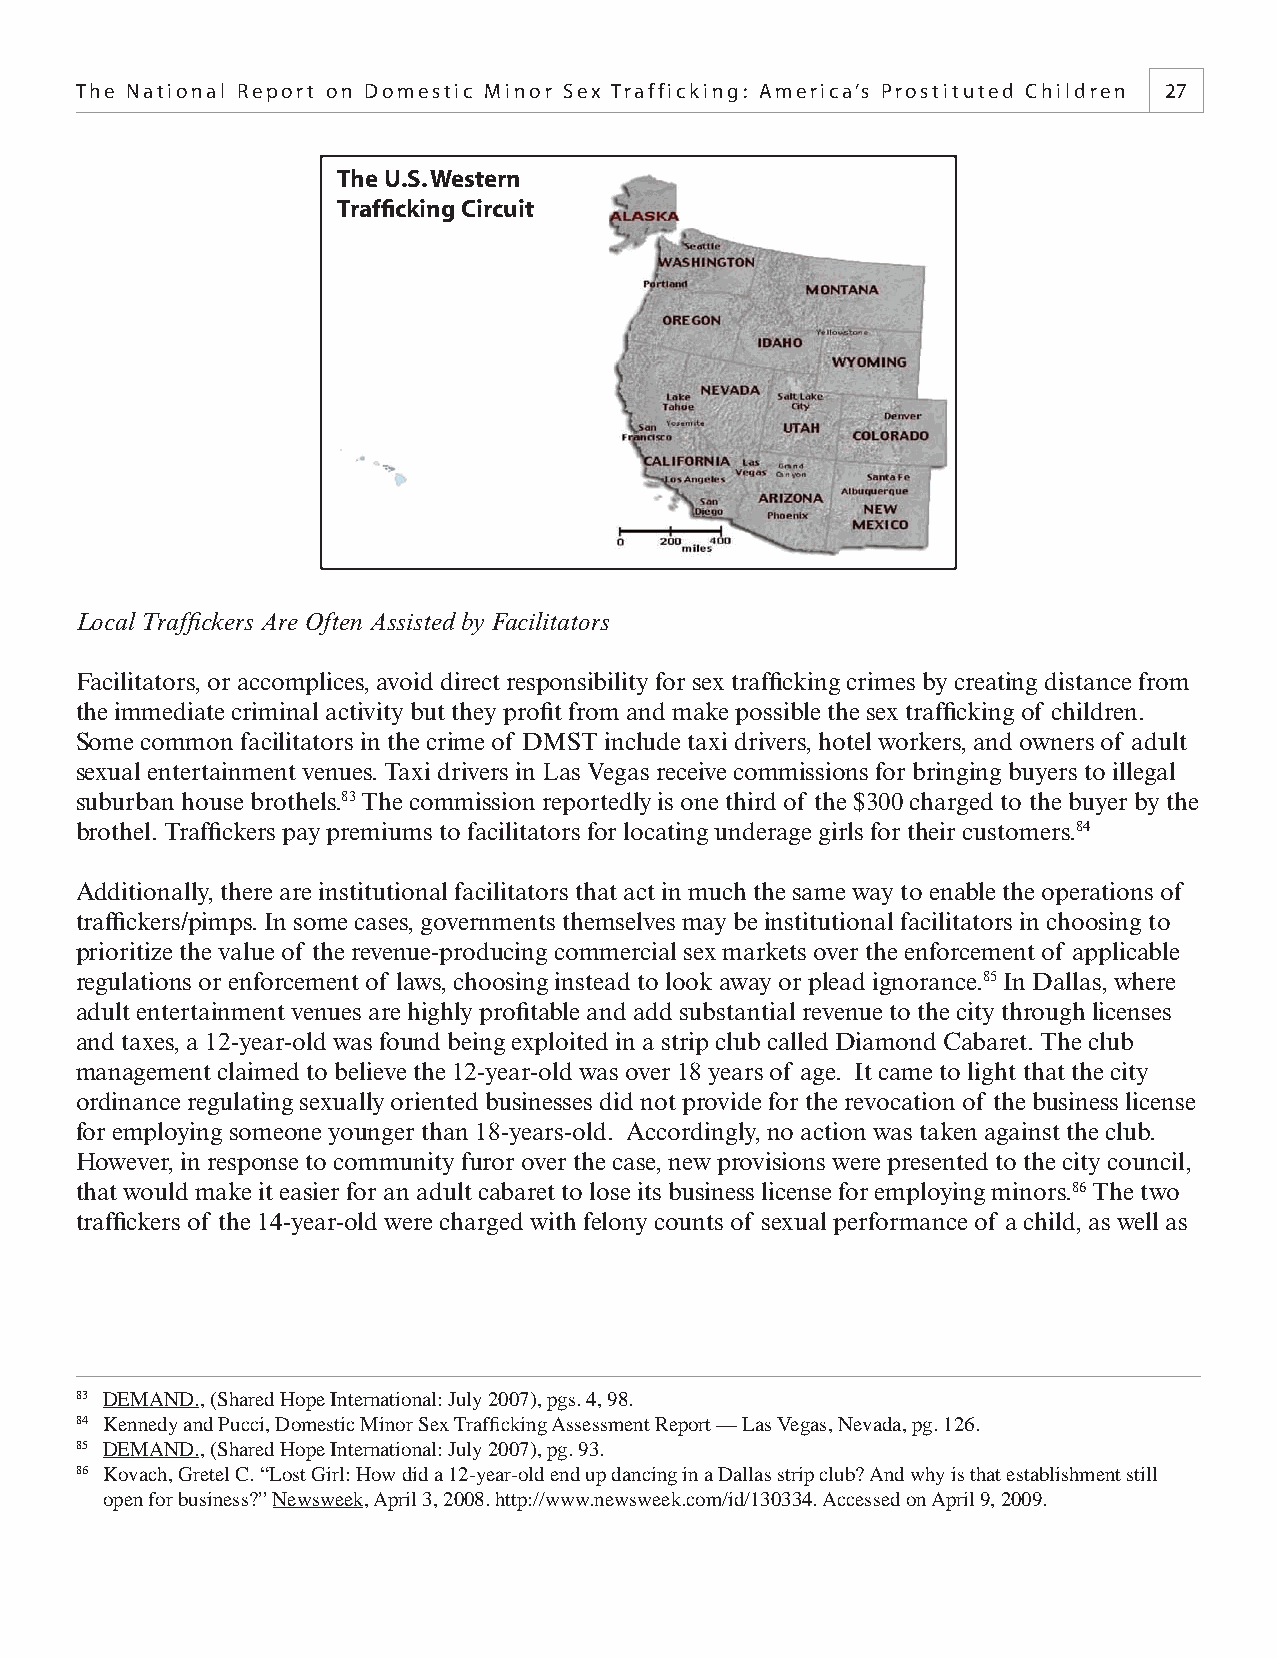
The National Report on Domestic Minor Sex Trafficking: America’s Prostituted Children 27
 The U.S. Western
 Traffi cking Circuit
 Local Traffi ckers Are Often Assisted by Facilitators
 Facilitators, or accomplices, avoid direct responsibility for sex traffi cking crimes by creating distance from
 the immediate criminal activity but they profi t from and make possible the sex traffi cking of children.
 Some common facilitators in the crime of DMST include taxi drivers, hotel workers, and owners of adult
 sexual entertainment venues. Taxi drivers in Las Vegas receive commissions for bringing buyers to illegal
 suburban house brothels.83 The commission reportedly is one third of the $300 charged to the buyer by the
 brothel. Traffi ckers pay premiums to facilitators for locating underage girls for their customers.84
 Additionally, there are institutional facilitators that act in much the same way to enable the operations of
 traffi ckers/pimps. In some cases, governments themselves may be institutional facilitators in choosing to
 prioritize the value of the revenue-producing commercial sex markets over the enforcement of applicable
 regulations or enforcement of laws, choosing instead to look away or plead ignorance.85 In Dallas, where
 adult entertainment venues are highly profi table and add substantial revenue to the city through licenses
 and taxes, a 12-year-old was found being exploited in a strip club called Diamond Cabaret. The club
 management claimed to believe the 12-year-old was over 18 years of age. It came to light that the city
 ordinance regulating sexually oriented businesses did not provide for the revocation of the business license
 for employing someone younger than 18-years-old. Accordingly, no action was taken against the club.
 However, in response to community furor over the case, new provisions were presented to the city council,
 that would make it easier for an adult cabaret to lose its business license for employing minors.86 The two
 traffi ckers of the 14-year-old were charged with felony counts of sexual performance of a child, as well as
 83 DEMAND., (Shared Hope International: July 2007), pgs. 4, 98.
 84 Kennedy and Pucci, Domestic Minor Sex Traffi cking Assessment Report — Las Vegas, Nevada, pg. 126.
 85 DEMAND., (Shared Hope International: July 2007), pg. 93.
 86 Kovach, Gretel C. “Lost Girl: How did a 12-year-old end up dancing in a Dallas strip club? And why is that establishment still
 open for business?” Newsweek, April 3, 2008. http://www.newsweek.com/id/130334. Accessed on April 9, 2009.